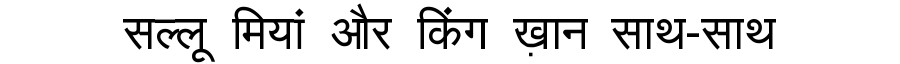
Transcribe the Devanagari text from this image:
सल्लू मियां और किंग ख़ान साथ-साथ